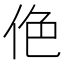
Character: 𠈜